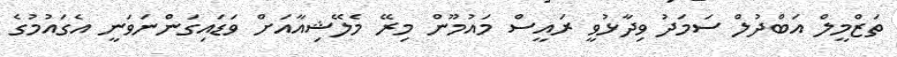
ތަޒްމީލް އަބްދުލް ސަމަދު ވިދާޅުވީ ރައީސް މައުމޫން މިރޭ މެލޭޝިއާއަށް ވަޑައިގަންނަވަނީ އެގައުމުގެ